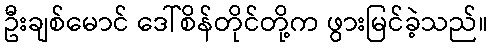
ဦးချစ်မောင် ဒေါ်စိန်တိုင်တို့က ဖွားမြင်ခဲ့သည်။